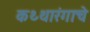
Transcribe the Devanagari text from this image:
कथ्थारंगाचे